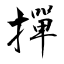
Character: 撣